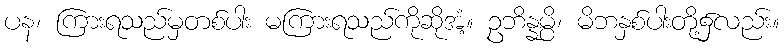
ပန၊ ကြားရသည်မှတစ်ပါး မကြားရသည်ကိုဆိုအံ့။ ဥဘိန္နမ္ပိ၊ မိဘနှစ်ပါးတို့၌လည်း။